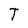
Character: T